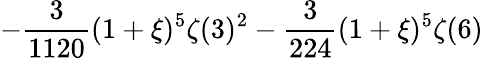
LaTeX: \displaystyle-\frac{3}{1120}(1+\xi)^{5}\zeta(3)^{2}-\frac{3}{224}(1+\xi)^{5}\zeta(6)